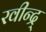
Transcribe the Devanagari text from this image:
रवीन्द्र्